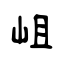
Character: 岨